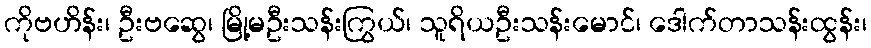
ကိုဗဟိန်း၊ ဦးဗဆွေ၊ မြို့မဦးသန်းကြွယ်၊ သူရိယဦးသန်းမောင်၊ ဒေါက်တာသန်းထွန်း၊